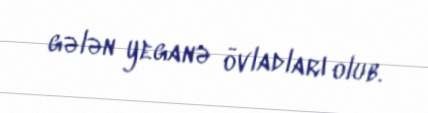
gələn yeganə övladları olub.